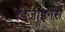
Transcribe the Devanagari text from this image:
डिजा़इनर्स